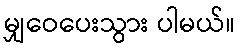
မျှဝေပေးသွား ပါမယ်။